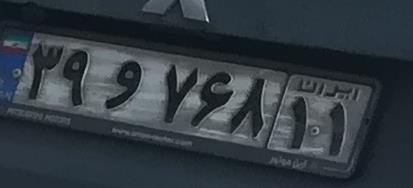
۳۹و۷۶۸۱۱